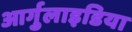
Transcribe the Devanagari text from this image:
आर्गुलाइडिया